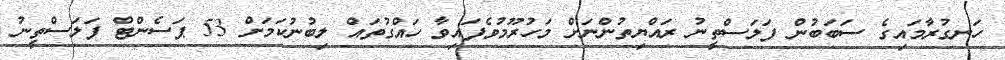
ހަނގުރާމައިގެ ސަބަބުން ފަލަސްތީނު ރައްޔިތުންނަށް މަހުރޫމުވެފައިވާ ހައްގުތައް ލިބުނުކަމަށް 53 ޕަސެންޓް ފަލަސްތީނު